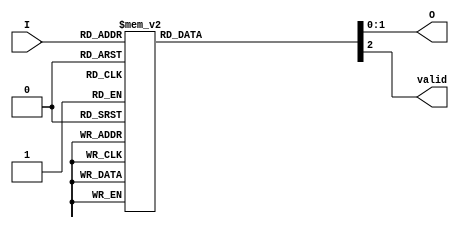
module encoder_1_of_N (
    input wire [3:0] I,  // 4-bit input lines
    output reg [1:0] O,  // 2-bit output lines
    output reg valid     // Output valid indicator
);

    always @(*) begin
        // Default values
        O = 2'b00;  // Default output (can be modified based on requirements)
        valid = 1'b0; // Default invalid state

        casez (I)  // Using casez to handle "don't care" conditions
            4'b0001: begin O = 2'b00; valid = 1'b1; end  // I[0]
            4'b0010: begin O = 2'b01; valid = 1'b1; end  // I[1]
            4'b0100: begin O = 2'b10; valid = 1'b1; end  // I[2]
            4'b1000: begin O = 2'b11; valid = 1'b1; end  // I[3]
            4'b0011: begin O = 2'b01; valid = 1'b1; end  // I[1] has priority over I[0]
            4'b0101: begin O = 2'b10; valid = 1'b1; end  // I[2] has priority over I[0]
            4'b1001: begin O = 2'b11; valid = 1'b1; end  // I[3] has priority over I[0]
            4'b1010: begin O = 2'b11; valid = 1'b1; end  // I[3] has priority over I[1]
            4'b1100: begin O = 2'b11; valid = 1'b1; end  // I[3] has priority over I[2]
            4'b1110: begin O = 2'b11; valid = 1'b1; end  // I[3] has priority over I[1] and I[0]
            4'b1111: begin O = 2'b11; valid = 1'b1; end  // I[3] has priority overall
            default: begin O = 2'b00; valid = 1'b0; end  // All other cases (including all 0s)
        endcase
    end

endmodule